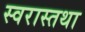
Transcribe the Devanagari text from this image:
स्वरास्तथा